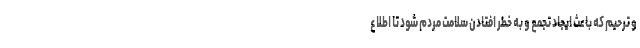
و ترحیم که باعث ایجاد تجمع و به خطر افتادن سلامت مردم شود تا اطلاع